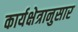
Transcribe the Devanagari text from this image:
कार्यक्षेत्रानुसार